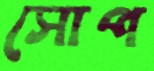
সোপ